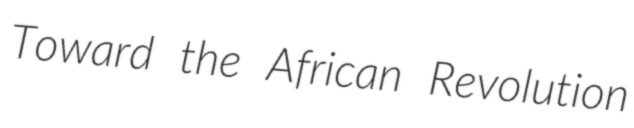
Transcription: Toward the African Revolution